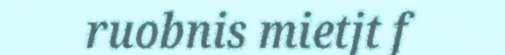
ruobnis mietjt f